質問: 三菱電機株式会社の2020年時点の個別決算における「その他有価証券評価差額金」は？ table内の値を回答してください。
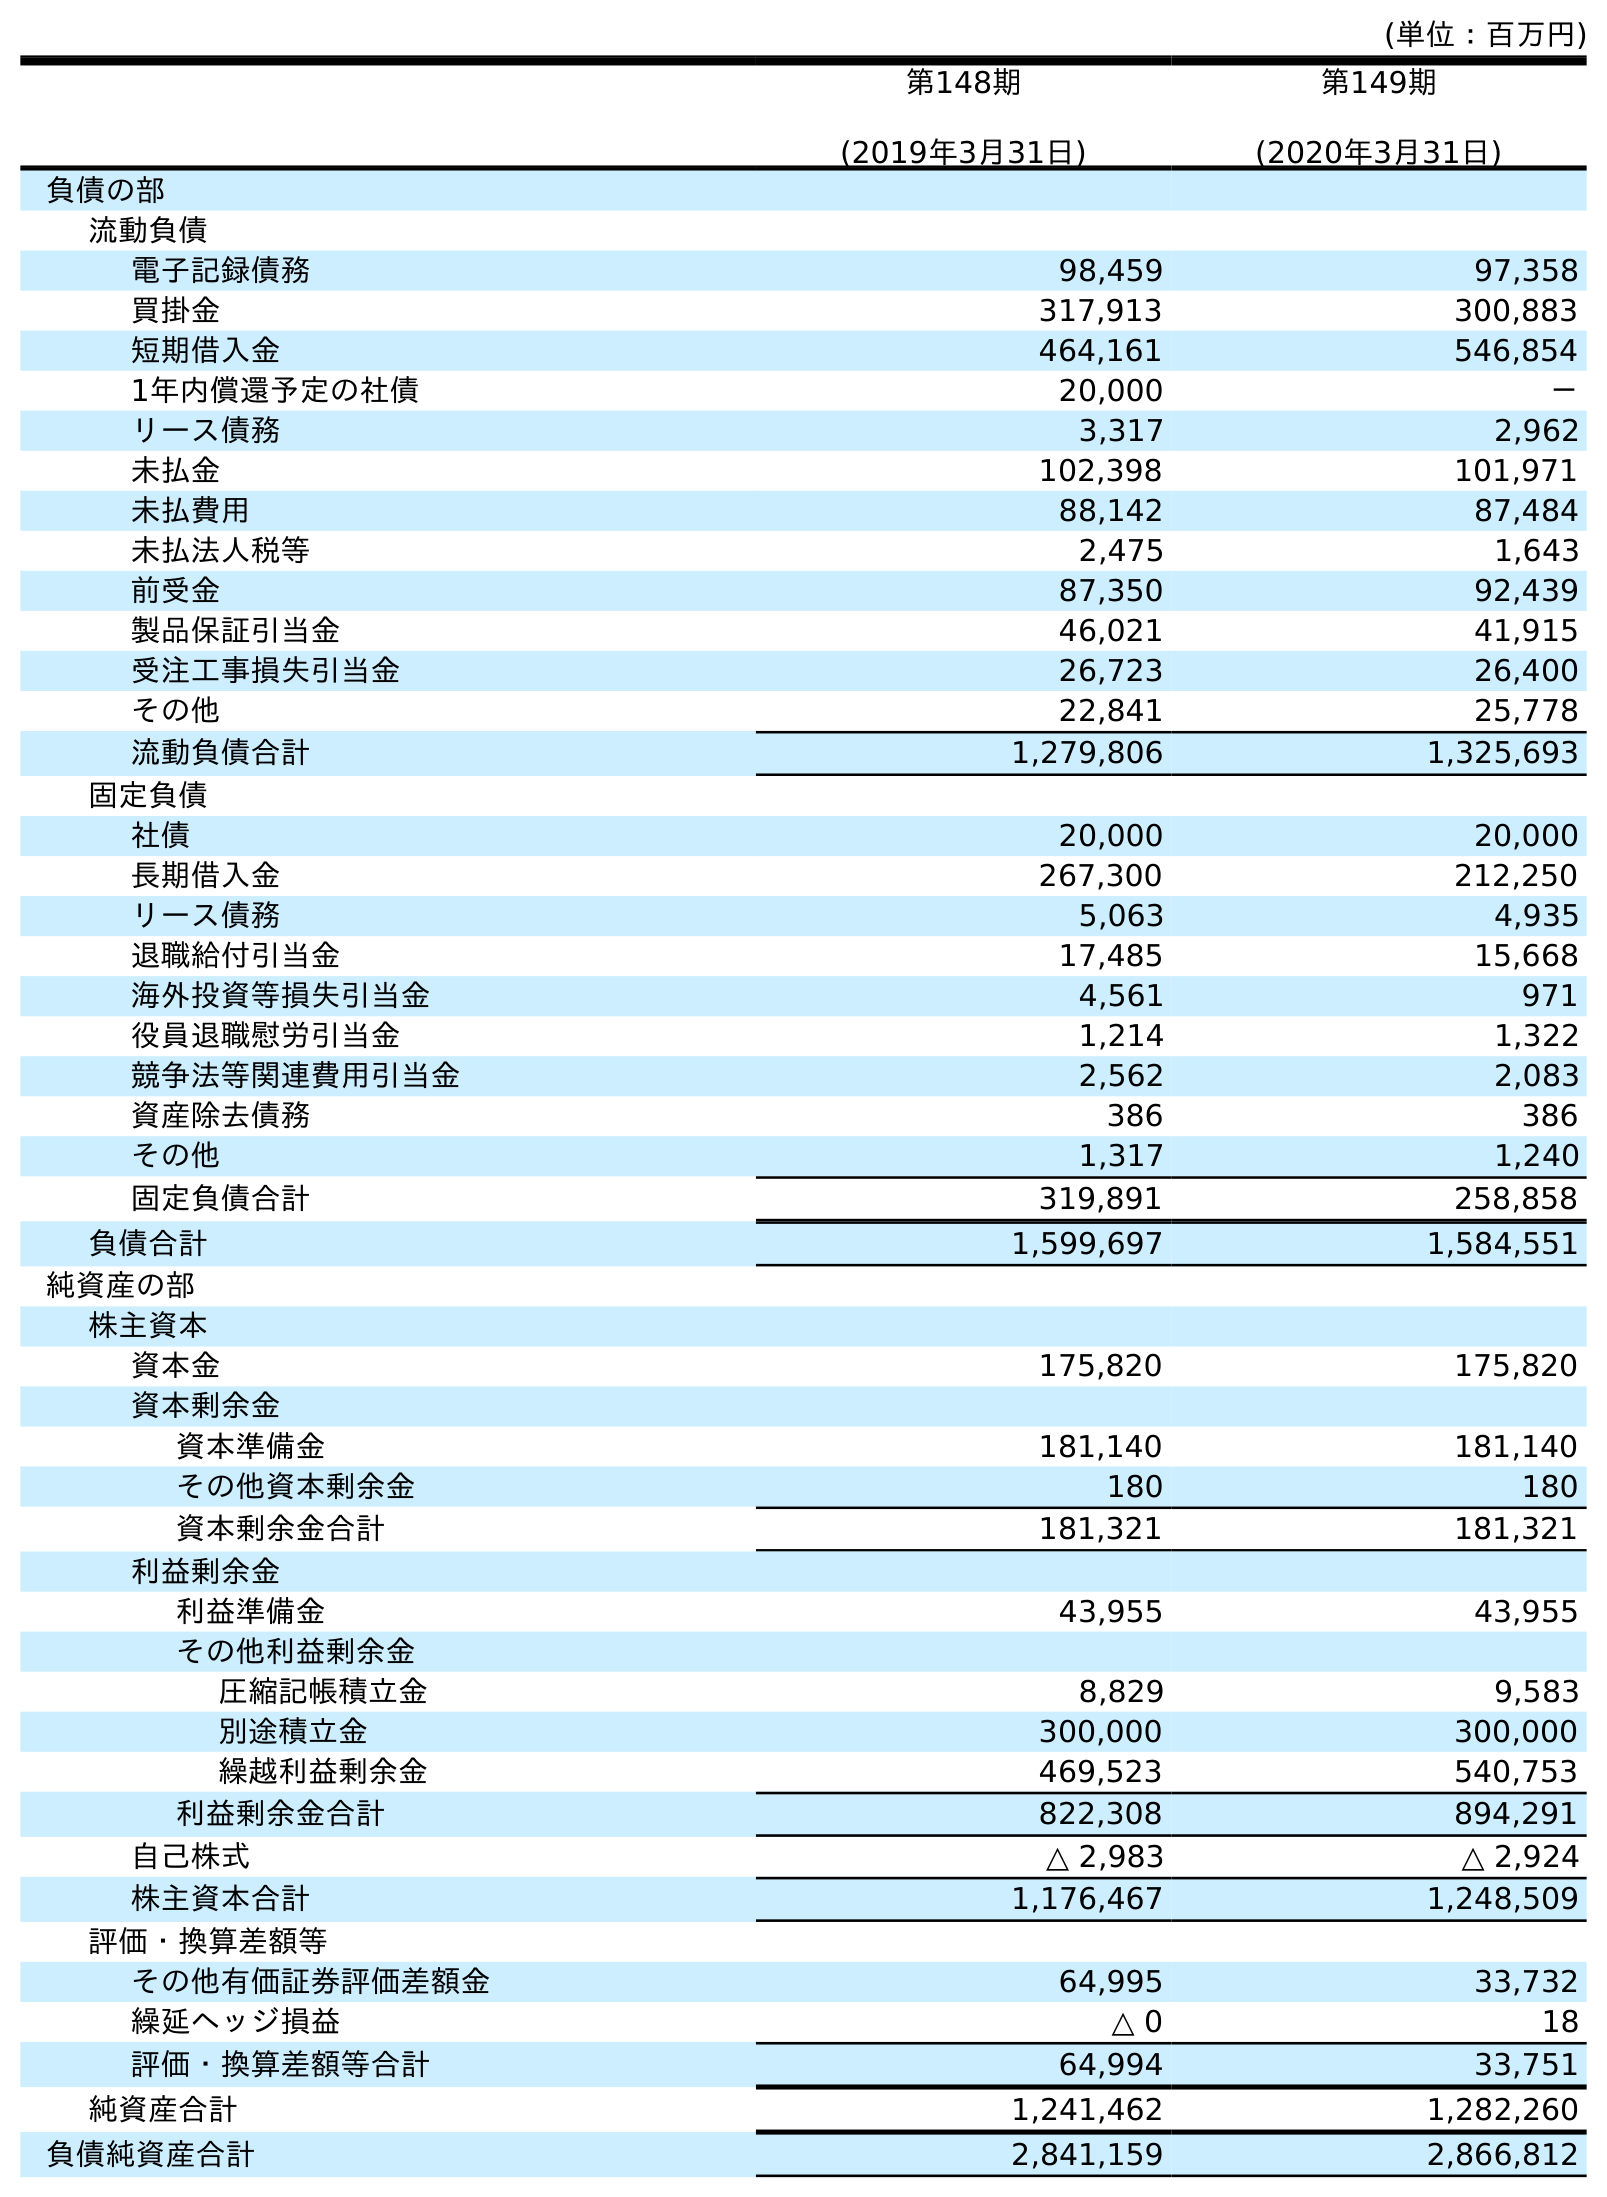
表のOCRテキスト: (単位：百万円) 第148期 (2019年3月31日) 第149期 (2020年3月31日) 負債の部 流動負債 電子記録債務 98,459 97,358 買掛金 317,913 300,883 短期借入金 464,161 546,854 1年内償還予定の社債 20,000 － リース債務 3,317 2,962 未払金 102,398 101,971 未払費用 88,142 87,484 未払法人税等 2,475 1,643 前受金 87,350 92,439 製品保証引当金 46,021 41,915 受注工事損失引当金 26,723 26,400 その他 22,841 25,778 流動負債合計 1,279,806 1,325,693 固定負債 社債 20,000 20,000 長期借入金 267,300 212,250 リース債務 5,063 4,935 退職給付引当金 17,485 15,668 海外投資等損失引当金 4,561 971 役員退職慰労引当金 1,214 1,322 競争法等関連費用引当金 2,562 2,083 資産除去債務 386 386 その他 1,317 1,240 固定負債合計 319,891 258,858 負債合計 1,599,697 1,584,551 純資産の部 株主資本 資本金 175,820 175,820 資本剰余金 資本準備金 181,140 181,140 その他資本剰余金 180 180 資本剰余金合計 181,321 181,321 利益剰余金 利益準備金 43,955 43,955 その他利益剰余金 圧縮記帳積立金 8,829 9,583 別途積立金 300,000 300,000 繰越利益剰余金 469,523 540,753 利益剰余金合計 822,308 894,291 自己株式 △ 2,983 △ 2,924 株主資本合計 1,176,467 1,248,509 評価・換算差額等 その他有価証券評価差額金 64,995 33,732 繰延ヘッジ損益 △ 0 18 評価・換算差額等合計 64,994 33,751 純資産合計 1,241,462 1,282,260 負債純資産合計 2,841,159 2,866,812
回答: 33,732